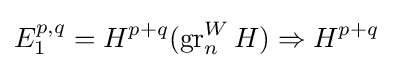
E_{1}^{p,q}=H^{p+q}(\operatorname {gr} _{n}^{W}H)\Rightarrow H^{p+q}